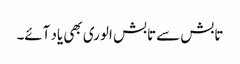
تابش سے تابش الوری بھی یاد آئے۔